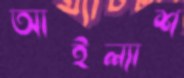
আইল্যাশ